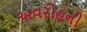
અવરોહની